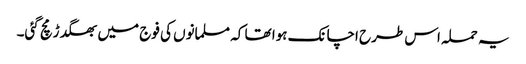
یہ حملہ اس طرح اچانک ہوا تھا کہ مسلمانوں کی فوج میں بھگدڑ مچ گئی۔